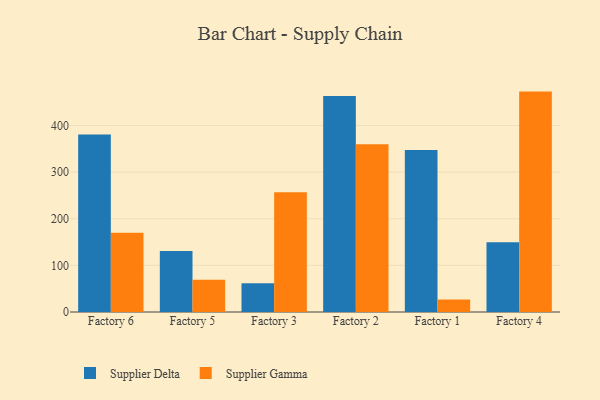
{"axis": {"x": "Factory", "y": "Inventory Turnover"}, "legend": ["Supplier Delta", "Supplier Gamma"], "data": [{"x": "Factory 6", "y": 380.5, "type": "Supplier Delta"}, {"x": "Factory 6", "y": 170.2, "type": "Supplier Gamma"}, {"x": "Factory 5", "y": 131.0, "type": "Supplier Delta"}, {"x": "Factory 5", "y": 69.3, "type": "Supplier Gamma"}, {"x": "Factory 3", "y": 61.4, "type": "Supplier Delta"}, {"x": "Factory 3", "y": 256.8, "type": "Supplier Gamma"}, {"x": "Factory 2", "y": 463.0, "type": "Supplier Delta"}, {"x": "Factory 2", "y": 359.9, "type": "Supplier Gamma"}, {"x": "Factory 1", "y": 347.2, "type": "Supplier Delta"}, {"x": "Factory 1", "y": 26.6, "type": "Supplier Gamma"}, {"x": "Factory 4", "y": 149.4, "type": "Supplier Delta"}, {"x": "Factory 4", "y": 472.7, "type": "Supplier Gamma"}]}